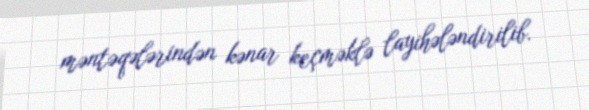
məntəqələrindən kənar keçməklə layihələndirilib.